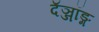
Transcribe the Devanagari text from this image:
दॅञ्जॉङ्ग